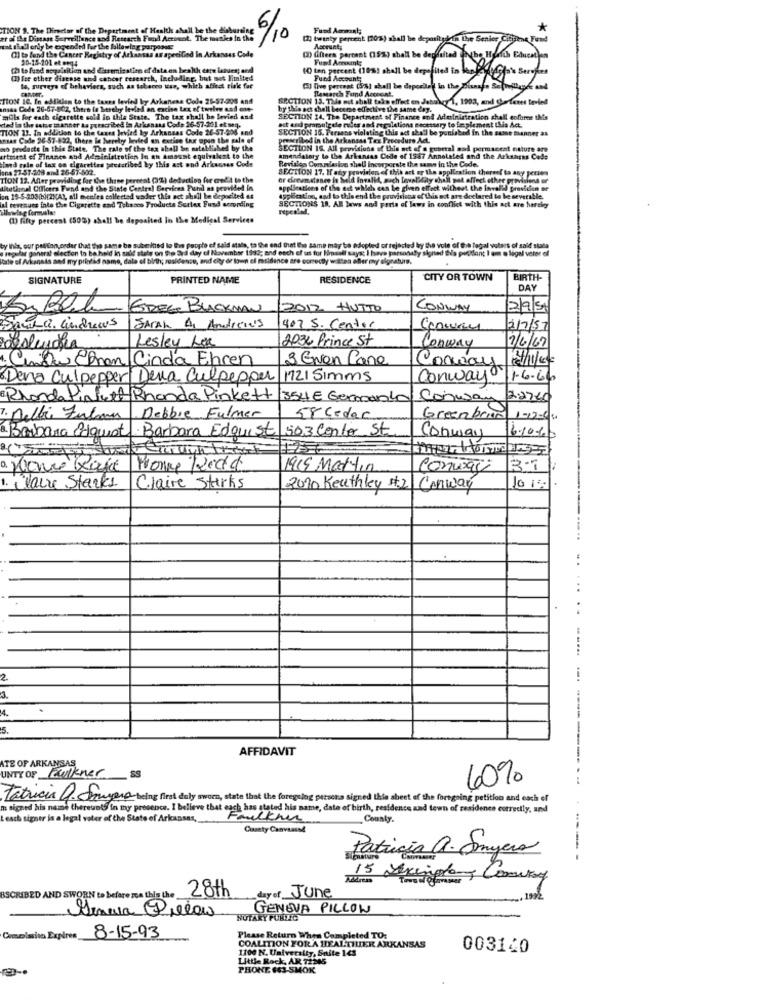
TION 9. The Thirector of the Department of Health shall be the dihurting
6/0
Fund Aermant;
tr aille Disease Surveillance and Research Fund Account. The maskes in the
(2) twenty percent [10%) shall be depmitukin the Senior Cilin
at shall orly be eogended for the following parponds:
() to fund the Cancer Registry of Arkansas as specified In Arkansas Cade
(2) Giftera percent (15%) shall be depfaitad
Account;
50-15-201 et omq4
Fund Annouml;
Nho Heich Eduem
(2) to fund acquisition and daremisation of data en health care ianes; and
() fer ether disense und cancer research, including, but not limited
10 ten percent (10%) shall be depefited in lane4st-
Fund Account;
to, surveys of behaviers, such as tobacco ss, which affect tisk for
(5) five percent (5%) shall be deposited in the Sunaf. Schiphol
Ramarch Fond Acceont.
TION 10. In edildien to the tansa levied by Arkanese Colo 25-57-295 and
GRCTION 13. Tale est shall take effect on January 1, 1993, and Landenes tevled
Insas Code 26-67-802, there is hereby ledled an excise Lex of twelve and one-
by this act shell becerse effective the same day.
vad la the sake manner ta prescribed In Arkansas Code 26-57-201 et seq.
mila for esth cigarette sold in this State. The tax shall be levied and
SECTION 14, The Department of Finance and Administration shall enforce this
act and promulgele rules and regulations necessary to freplement this Act.
TION 13. In addition to the Cases levied by Arkansas Code 26-57-208 and
SECTION 16. Persens violating this act shall be punished In the same manner as
nsas Code 26-57-822, there is herebyy levied an excise tax upon the sale of
prescribed in the Arkansas Tex Procedure Act.
no products in this State. The rate of the tax shall be satellished by the
SECTION 15. All provisions of this act of a gubetal and permscent nature are
ature ar
urtmest of Finance and Administration In an Amount equivalent to the
ind rate of tax on cigarettes prescribed by this act ond Arkansas Code
amandalety to the Arkansas Code of 1547 Annotated and the Arkansas Code
Revisies Commission shell Incorporate the same in the Code.
one 27-57-208 and 26-57-802.
SECTION 17. If any provision of this art of the application thereef ta any person
TION 12. After providing for the three percent (3%) deduction for credit to the
or cirematance is Seld Invalid, auch Invalidity shall gat affect other provision
thathnal Officers Fund and the Sinte Central Services Fund as provided in
applications of the act which can be given effect withest the Invalid previden or
on 18-5-203(bi(2)[A], all mcelea collected under this act shall be deposited as
al terenues into the Cigarette and Tobacco Products Surlex Fund according
application, and to this end the pauvisions of this not are declared be be severalle.
SECTIONS 18. AR laws and parts of laws in conflict with this act are hereby
lowing formales
(1) fifty percent (50%) shall be deposited in the Medical Services
L Services
by Inla, our patton,order that the same be subermed lo Bre people of said stala, to the end that De same may be adopted or rejected by the vole of the legal voters of said stata
@ regalar general election to ba held in said state on the Syd day of November 1992; and each of us for Himself say; I have personaly signed this postlant I em @ legal voter of
Ttate of Arkansas and my printad name, dale of birth; rusidenso, and enty de loop ef msidence are correctly wittea after my signature.
SIGNATURE
PRINTED NAME
RESIDENCE
CITY OR TOWN
BIRTH-
DAY
EDEGE BLACKMAN
2012 HUTTO
CONWAY
295
Santa. andrews
JAPAN A Andrews
407 S. Center
2/7/57
2036 Prince St
2/6/67
Lesley Lex
Conway
4. Cinta@Pan Cinda Ehren
3 Even Cane
Conway
Dena Culpepper Della Culpepper 1721 Simms
Conway
1-6.66
Rhonda Pinkett Rhonda Pinkett 354E Germano
Conway 22760
7. Delli Fulana Debbie Fulmer
58 cedar
Greenbriar 1-12-630
8. Barbara Elquist Barbara Edquist 503 Cento St
Conway
16.10.60
a. Hence Rafe Mone Ledd
1919 Martin
contagi
1. Claire Starks
Claire Starks
2010 Keathley #2 Conway
2.
3.
14.
5.
AFFIDAVIT
UNTY OF Faulkner
TE OF ARKANSAS
SS
60%
tricia a. Smagener being first daly sworn, state that the foregoing persons signed this sheet of the foregoing petition and each of
m signed his name thereunts in my presence. I believe that each has stated his name, date of birth, residence and town of residence correctly, and
tesch signer is a legal voter of the State of Arkansas,
Faulkner
County.
County Canvaassd
Patricia a. Sonyera
--- -
15 Sexingle, Commay
day of June
BSCRIBED AND SWORN to before moa this the
28th
,1992
GENEVA PILLON
NOTARY PUBLIC
Comolasion Expires_
8-15-93
Please Return When Completed TO:
COALITION FOR A HEALTHIER ARKANSAS
1100 N. University, Suite 14S
003140
Little Rock, AR 72345
PHONE 6S3-SMOK